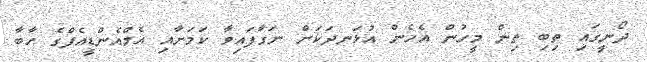
ދޯނީގައި ތިބި ތިން މީހުން އެހެން އުޅަނދަކަށް ނަގާފައިވާ ކަމަށާއި އެމްއެންޑީއެފްގެ ހާބާ